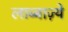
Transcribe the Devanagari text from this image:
लाब्बाज़्ये